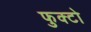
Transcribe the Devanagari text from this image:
फुक्टो